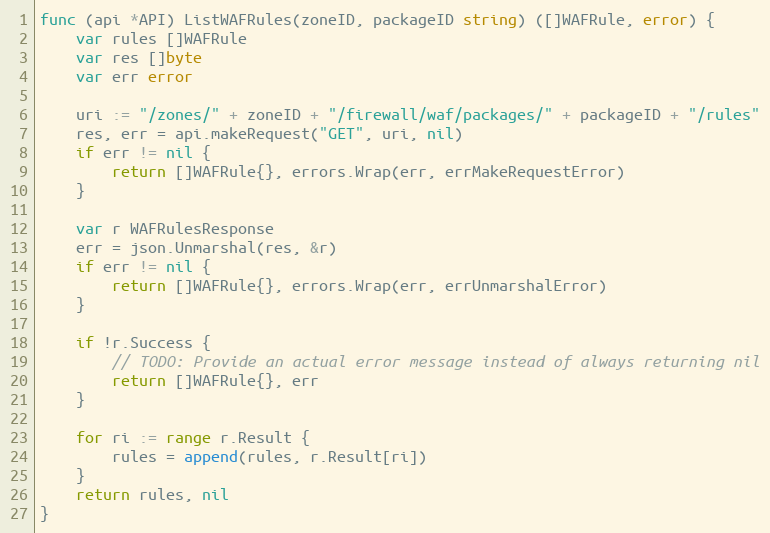
Language: Go
func (api *API) ListWAFRules(zoneID, packageID string) ([]WAFRule, error) {
	var rules []WAFRule
	var res []byte
	var err error

	uri := "/zones/" + zoneID + "/firewall/waf/packages/" + packageID + "/rules"
	res, err = api.makeRequest("GET", uri, nil)
	if err != nil {
		return []WAFRule{}, errors.Wrap(err, errMakeRequestError)
	}

	var r WAFRulesResponse
	err = json.Unmarshal(res, &r)
	if err != nil {
		return []WAFRule{}, errors.Wrap(err, errUnmarshalError)
	}

	if !r.Success {
		// TODO: Provide an actual error message instead of always returning nil
		return []WAFRule{}, err
	}

	for ri := range r.Result {
		rules = append(rules, r.Result[ri])
	}
	return rules, nil
}